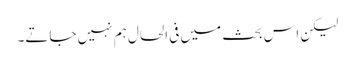
لیکن اس بحث میں فی الحال ہم نہیں جاتے۔